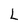
Character: L